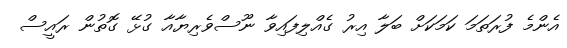
އެންމެ ފުރަތަމަ ކަމަކަށް ބަލާ އިރު ގެއްލިފައިވާ ނޫސްވެރިޔާއާ ގުޅޭ ގޮތުން ރައީސް